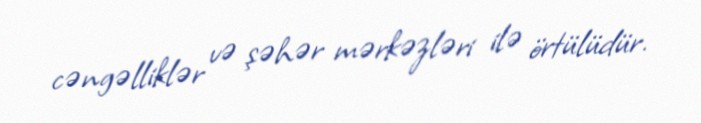
cəngəlliklər və şəhər mərkəzləri ilə örtülüdür.